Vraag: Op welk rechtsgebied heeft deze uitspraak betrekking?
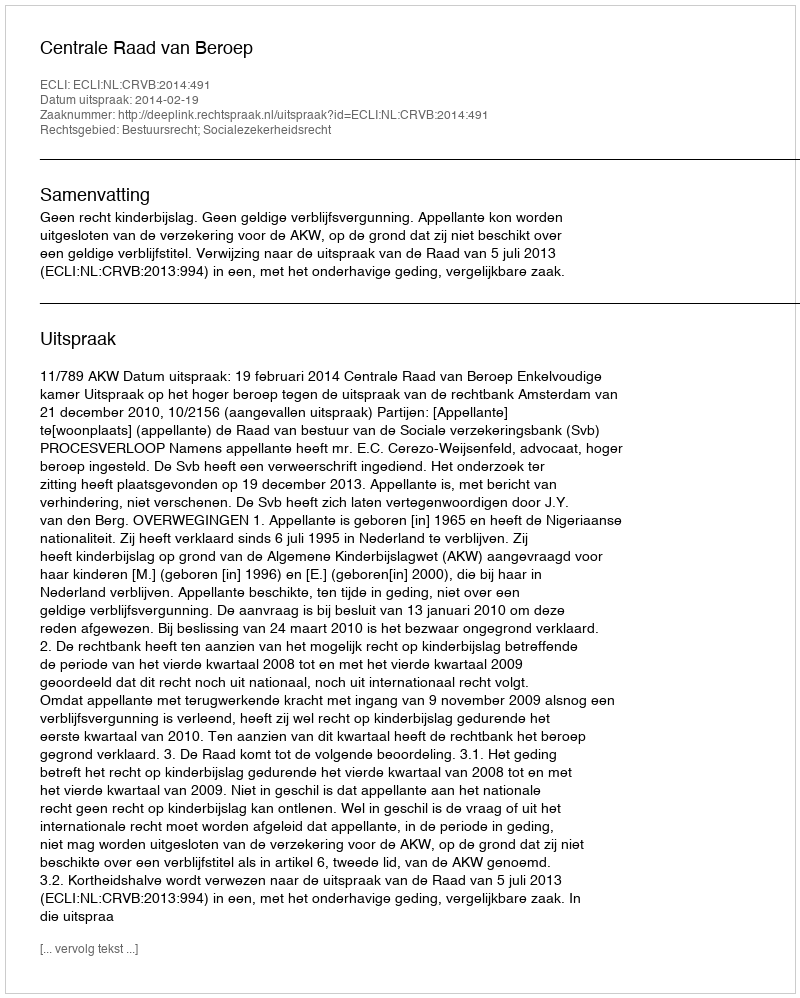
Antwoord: Bestuursrecht; Socialezekerheidsrecht